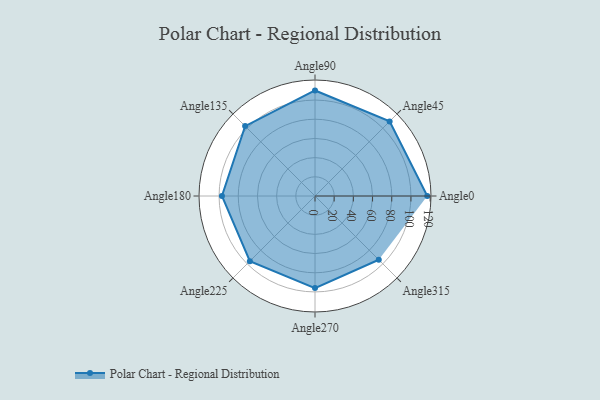
{"axis": {"x": "Angle", "y": "Radius"}, "legend": [""], "data": [{"x": "Angle0", "y": 117.0, "type": ""}, {"x": "Angle45", "y": 110.0, "type": ""}, {"x": "Angle90", "y": 110.0, "type": ""}, {"x": "Angle135", "y": 103.0, "type": ""}, {"x": "Angle180", "y": 97.0, "type": ""}, {"x": "Angle225", "y": 96.0, "type": ""}, {"x": "Angle270", "y": 96.0, "type": ""}, {"x": "Angle315", "y": 94.0, "type": ""}]}